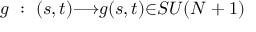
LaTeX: g ~ : ~ ( s , t ) { \longrightarrow } g ( s , t ) { \in } S U ( N + 1 )